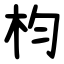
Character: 枃